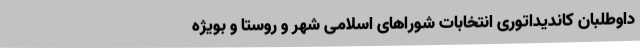
داوطلبان کاندیداتوری انتخابات شوراهای اسلامی شهر و روستا و بویژه